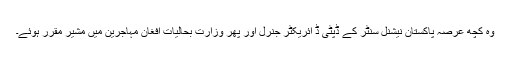
وہ کچھ عرصہ پاکستان نیشنل سنٹر کے ڈپٹی ڈ ائریکٹر جنرل اور پھر وزارت بحالیات افغان مہاجرین میں مشیر مقرر ہوئے۔